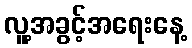
လူ့အခွင့်အရေးနေ့